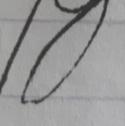
Signature authenticity: forged